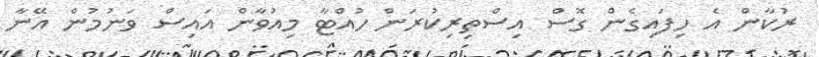
ރުކާން އެ ހިފައިގެން ގޮސް އިސްތިރިކުރަން ހުއްޓާ މިއުވާން އައިސް ވަނުމުން އޭނާ